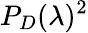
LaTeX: P_{D}(\lambda)^{2}